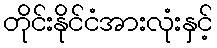
တိုင်းနိုင်ငံအားလုံးနှင့်